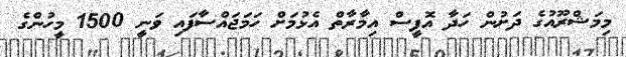
މިމަޝްރޫއުގެ ދަށުން ހަދާ އޮފީސް އިމާރާތް އެޅުމަށް ހަމަޖައްސާފައި ވަނީ 1500 މީހުންގެ